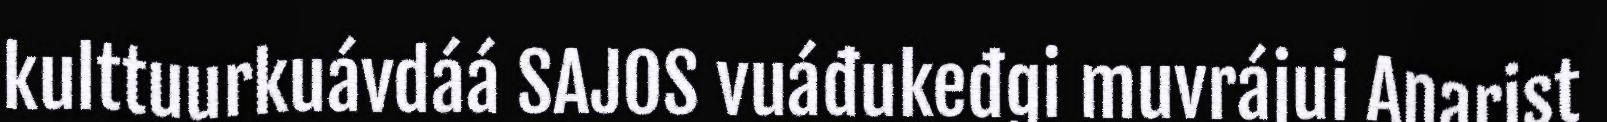
kulttuurkuávdáá SAJOS vuáđukeđgi muvrájui Anarist